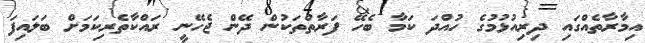
އިމާރާތެއްގައި ދިރިއުޅުމުގެ ހުއްދަ ކަމާ ބެހޭ ފަރާތްތަކުން ދޭން ޖެހޭނީ ރައްކާތެރިކަމަށް ބަލައިފަ